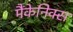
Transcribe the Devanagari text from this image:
मैंकेनिक्‍स